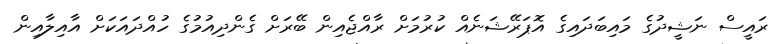
ރައީސް ނަޝީދުގެ މައިބަދައިގެ އޮޕަރޭޝަނެއް ކުރުމަށް ރާއްޖެއިން ބޭރަށް ގެންދިއުމުގެ ހުއްދައަކަށް އާއިލާއިން